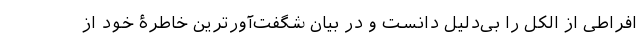
افراطی از الکل را بی‌دلیل دانست و در بیان شگفت‌آورترین خاطرۀ خود از